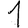
Digit: 1